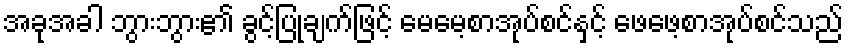
အခုအခါ ဘွားဘွား၏ ခွင့်ပြုချက်ဖြင့် မေမေ့စာအုပ်စင်နှင့် ဖေဖေ့စာအုပ်စင်သည်